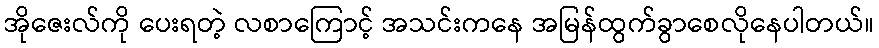
အိုဇေးလ်ကို ပေးရတဲ့ လစာကြောင့် အသင်းကနေ အမြန်ထွက်ခွာစေလိုနေပါတယ်။